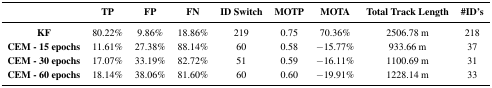
<table><thead><tr><td></td><td><b>TP</b></td><td><b>FP</b></td><td><b>FN</b></td><td><b>ID Switch</b></td><td><b>MOTP</b></td><td><b>MOTA</b></td><td><b>Total Track Length</b></td><td><b>#ID&#x27;s</b></td></tr></thead><tbody><tr><td><b>KF</b></td><td>80.22%</td><td>9.86%</td><td>18.86%</td><td>219</td><td>0.75</td><td>70.36%</td><td>2506.78 m</td><td>218</td></tr><tr><td><b>CEM - 15 epochs</b></td><td>11.61%</td><td>27.38%</td><td>88.14%</td><td>60</td><td>0.58</td><td>−15.77%</td><td>933.66 m</td><td>37</td></tr><tr><td><b>CEM - 30 epochs</b></td><td>17.07%</td><td>33.19%</td><td>82.72%</td><td>51</td><td>0.59</td><td>−16.11%</td><td>1100.69 m</td><td>31</td></tr><tr><td><b>CEM - 60 epochs</b></td><td>18.14%</td><td>38.06%</td><td>81.60%</td><td>60</td><td>0.60</td><td>−19.91%</td><td>1228.14 m</td><td>33</td></tr></tbody></table>